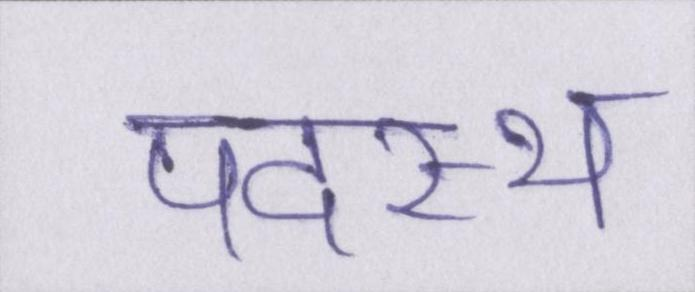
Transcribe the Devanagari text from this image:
पदस्थ